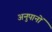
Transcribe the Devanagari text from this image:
अनुपानों